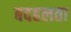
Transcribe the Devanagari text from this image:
बदहलता